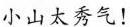
小山太秀气！